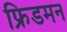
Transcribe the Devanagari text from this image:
फ्रिडमन